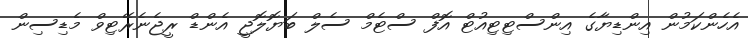
އެހެންކަމުން އިންޑިޔާގެ އިންސްޓިޓިއުޓް އޮފް ސްޓެމް ސެލް ބަޔޮލޮޖީ އެންޑް ރީޖެނެރޭޓިވް މެޑިސިން